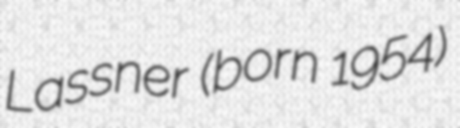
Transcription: Lassner (born 1954)